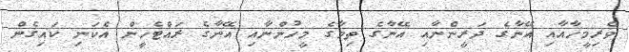
ވެރިމީހާއާއި އޭނާގެ ދަރީންނާއި އޭނާގެ ތިމާގެ މީހުންނާއި އޭނާގެ ރައްޓެހީން އެކަނި ކައިގެން